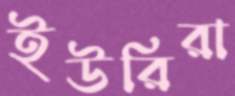
ইউরিরা